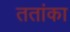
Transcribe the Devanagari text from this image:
ततांका